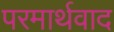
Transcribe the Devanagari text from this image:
परमार्थवाद